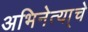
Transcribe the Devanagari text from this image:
अभिनेत्या्चे